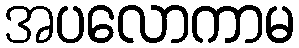
အပလောကာမ